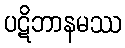
ပဋိဘာနမဿ